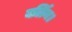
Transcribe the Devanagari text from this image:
बर्लिन।